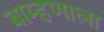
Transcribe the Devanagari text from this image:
बाम्हणाला